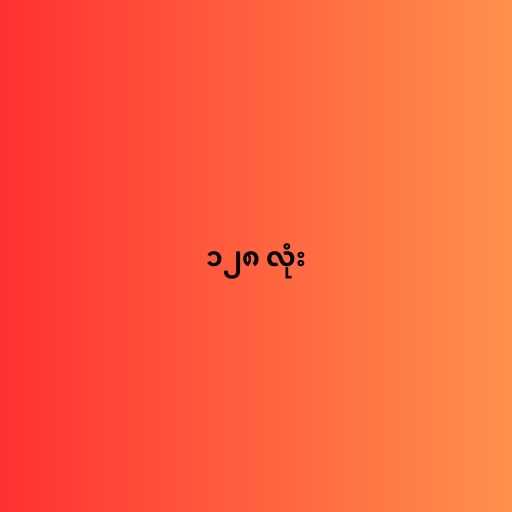
၁၂၈ လုံး